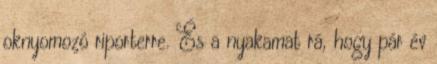
oknyomozó riporterre. És a nyakamat rá, hogy pár év